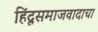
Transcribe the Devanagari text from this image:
हिंदूसमाजवादाचा